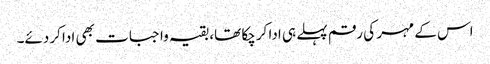
اس کے مہر کی رقم پہلے ہی ادا کرچکا تھا، بقیہ واجبات بھی ادا کردئے۔